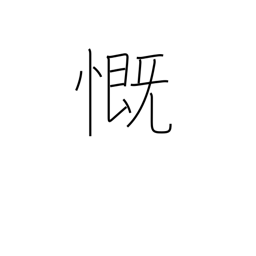
Meaning: rue